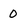
Character: 0